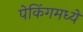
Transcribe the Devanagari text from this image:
पेकिंगमध्ये